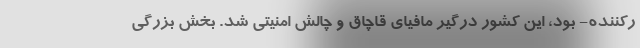
رکننده- بود، این کشور درگیر مافیای قاچاق و چالش امنیتی شد. بخش بزرگی